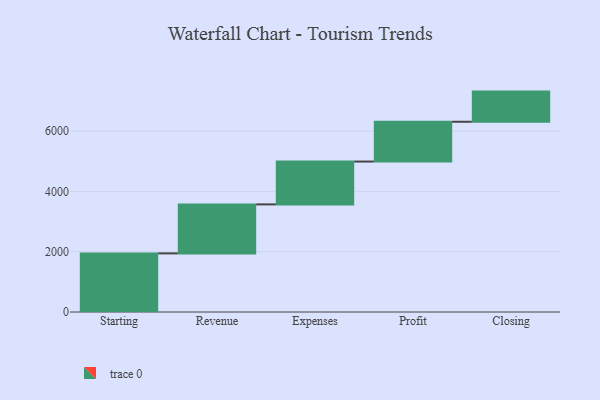
{"axis": {"x": "Step", "y": "Value"}, "legend": [""], "data": [{"x": "Starting", "y": 1944.0, "type": ""}, {"x": "Revenue", "y": 1625.0, "type": ""}, {"x": "Expenses", "y": 1421.0, "type": ""}, {"x": "Profit", "y": 1320.0, "type": ""}, {"x": "Closing", "y": 1000, "type": ""}]}